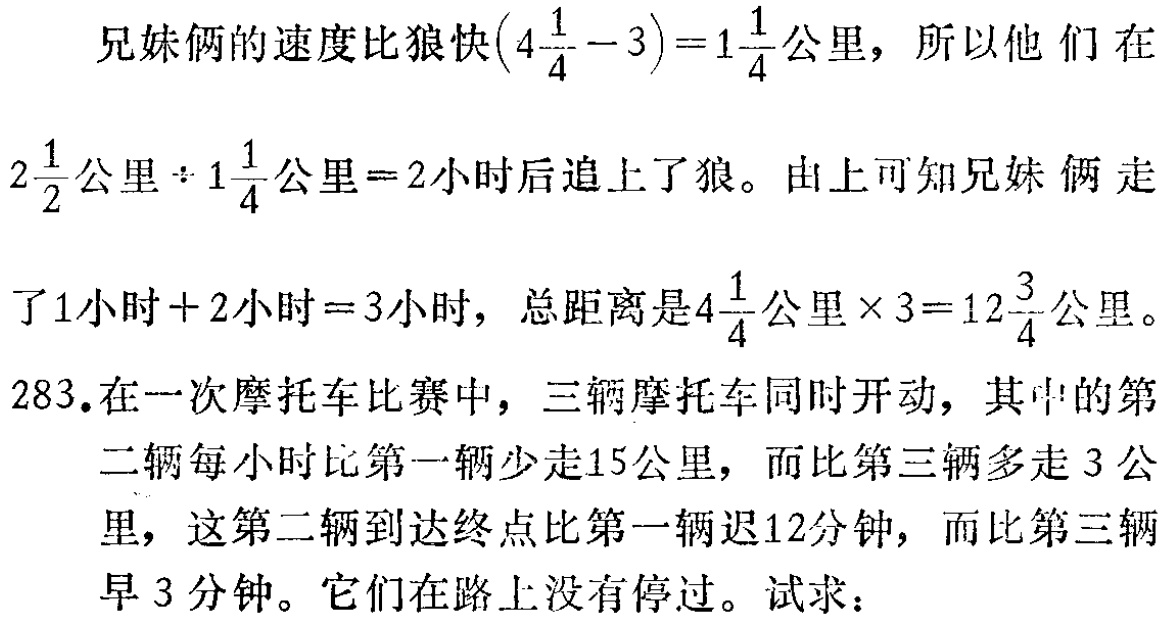
兄妹俩的速度比狼快\((4\frac{1}{4}-3)=1\frac{1}{4}\)公里，所以他们在

\(2\frac{1}{2}\text{公里}\div1\frac{1}{4}\text{公里}=2\)小时后追上了狼。由上可知兄妹俩走

了\(1\text{小时}+2\text{小时}=3\)小时，总距离是\(4\frac{1}{4}\text{公里}\times3 = 12\frac{3}{4}\)公里。

283.在一次摩托车比赛中，三辆摩托车同时开动，其中的第

二辆每小时比第一辆少走15公里，而比第三辆多走3公

里，这第二辆到达终点比第一辆迟12分钟，而比第三辆

早3分钟。它们在路上没有停过。试求：